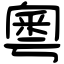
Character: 粵